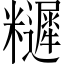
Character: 𥽩